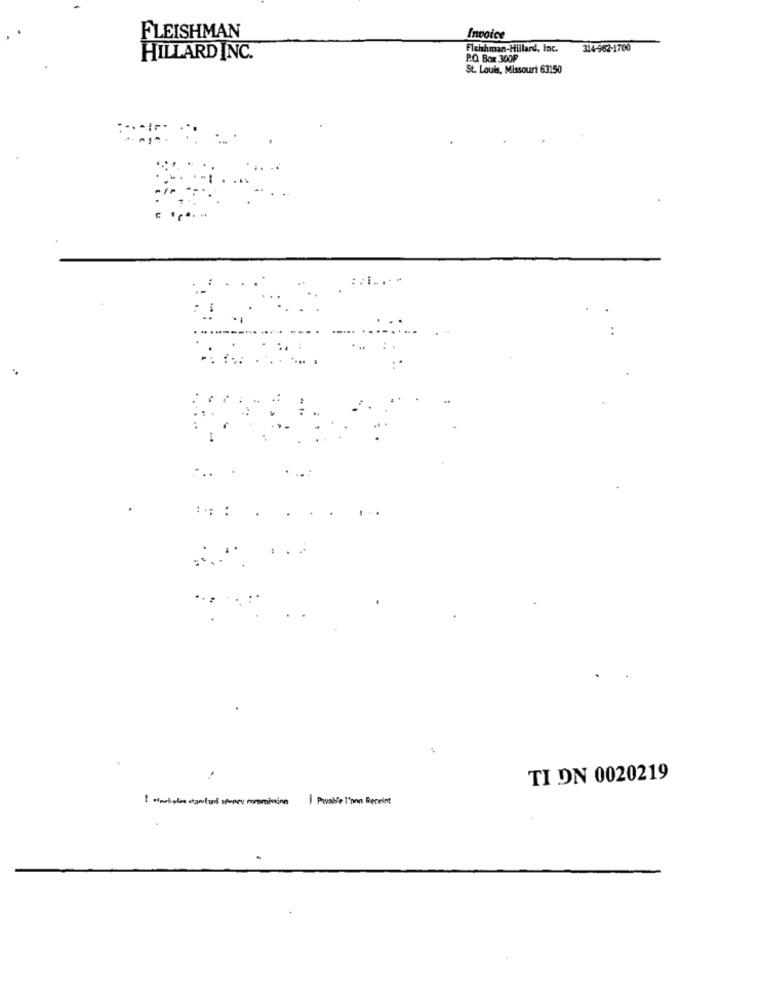
FLEISHMAN
Invoice
Fleishman-Hillard, Inc.
314-962-1700
HILLARD INC.
P.O. Box 300F
St. Louis, Missouri 63150
TI DN 0020219
1 .portales dantur worry commission | Parable l'pon Recent